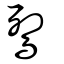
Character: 鴷